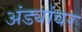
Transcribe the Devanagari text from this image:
अंड्यांवर